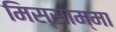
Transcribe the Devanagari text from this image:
मिस्साम्मा